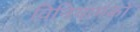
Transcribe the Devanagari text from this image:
विनियामकों